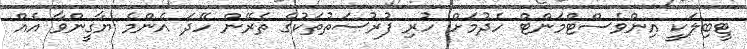
ޓީބިލަކީ އިންވެސްޓްމަންޓް ހެދުމަށް ހުރި ފުރުސަތުތަކުގެ ތެރޭން ހޭދަ އެންމެ ޔާގީންވާ އެއް